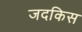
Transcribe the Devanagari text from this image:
जदकिस